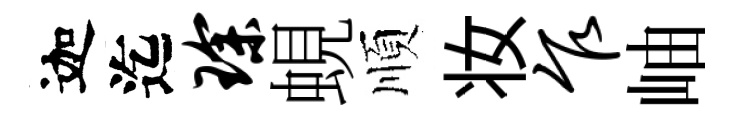
迦迄琛蜆順妆乍岫